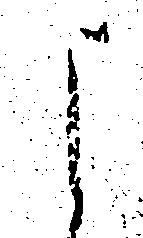
よ